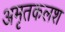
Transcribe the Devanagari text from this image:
अमृतकलश